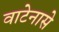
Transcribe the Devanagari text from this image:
वाटेनासे